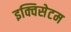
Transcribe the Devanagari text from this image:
इक्विसेटम